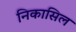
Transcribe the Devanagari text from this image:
निकासिल